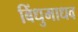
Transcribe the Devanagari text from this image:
बिंधुमाधव